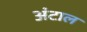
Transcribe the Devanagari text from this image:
अंटाल